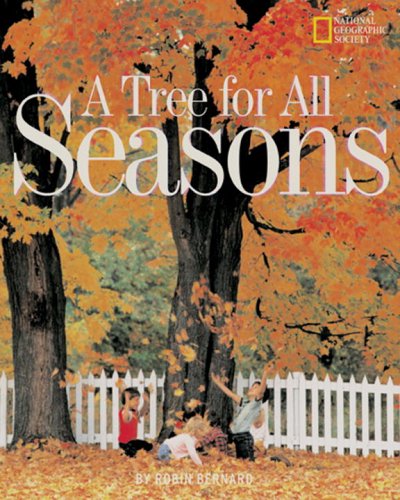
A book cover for Tree For All Seasons (Avenues); Robin Bernard; Children's Books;